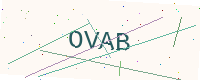
Text: OVAB